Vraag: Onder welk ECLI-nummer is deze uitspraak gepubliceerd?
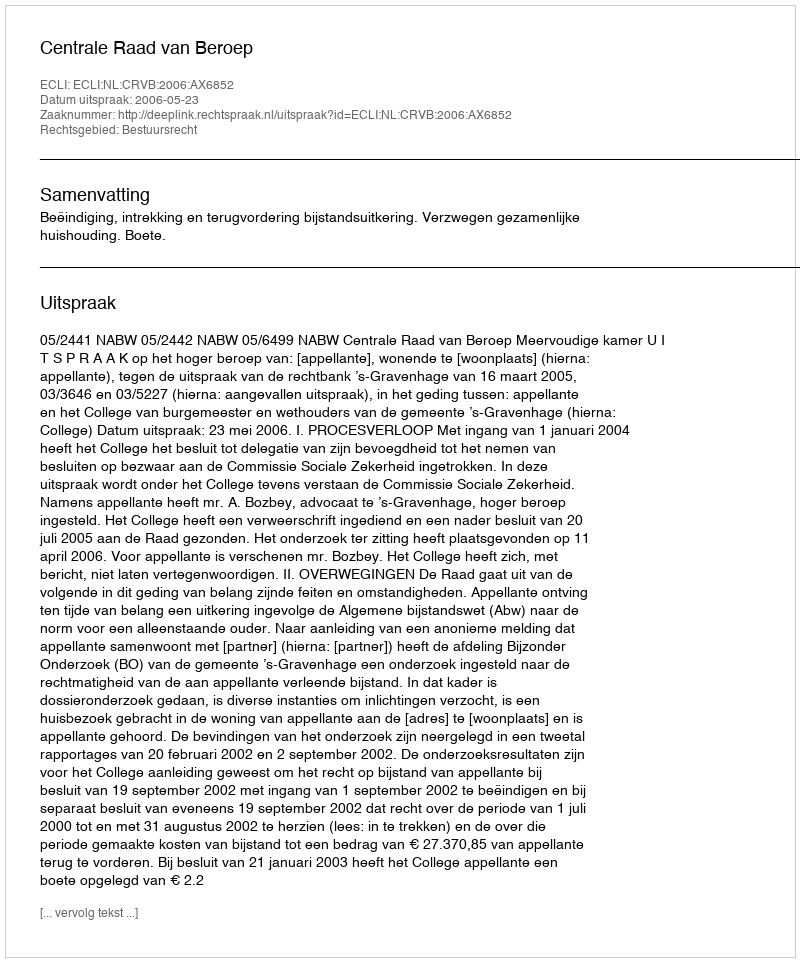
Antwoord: ECLI:NL:CRVB:2006:AX6852